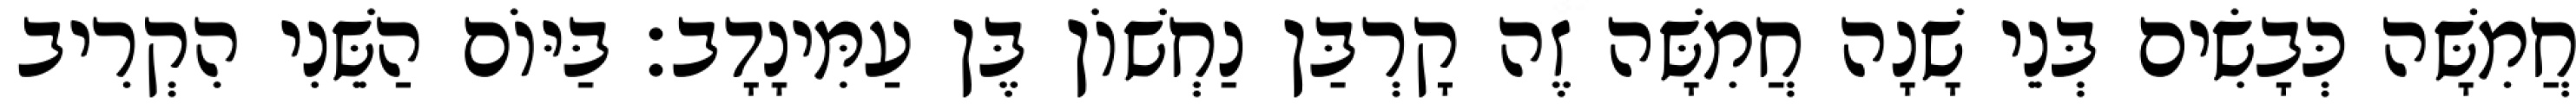
חֲמִשָּׁה כְּבָשִׂים בְּנֵי שָׁנָה חֲמִשָּׁה זֶה קָרְבַּן נַחְשׁוֹן בֶּן עַמִּינָדָב׃ בַּיּוֹם הַשֵּׁנִי הִקְרִיב